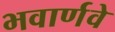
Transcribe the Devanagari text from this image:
भवार्णवे